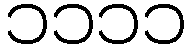
၁၁၁၁